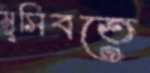
মুসিবতে